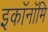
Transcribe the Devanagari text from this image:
इकॉनॉमि